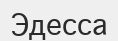
Эдесса